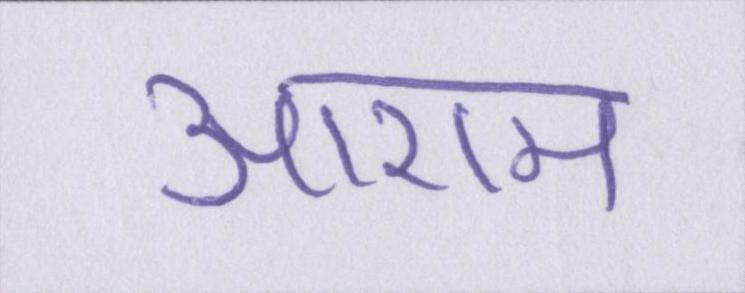
आराम